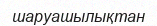
шаруашылықтан